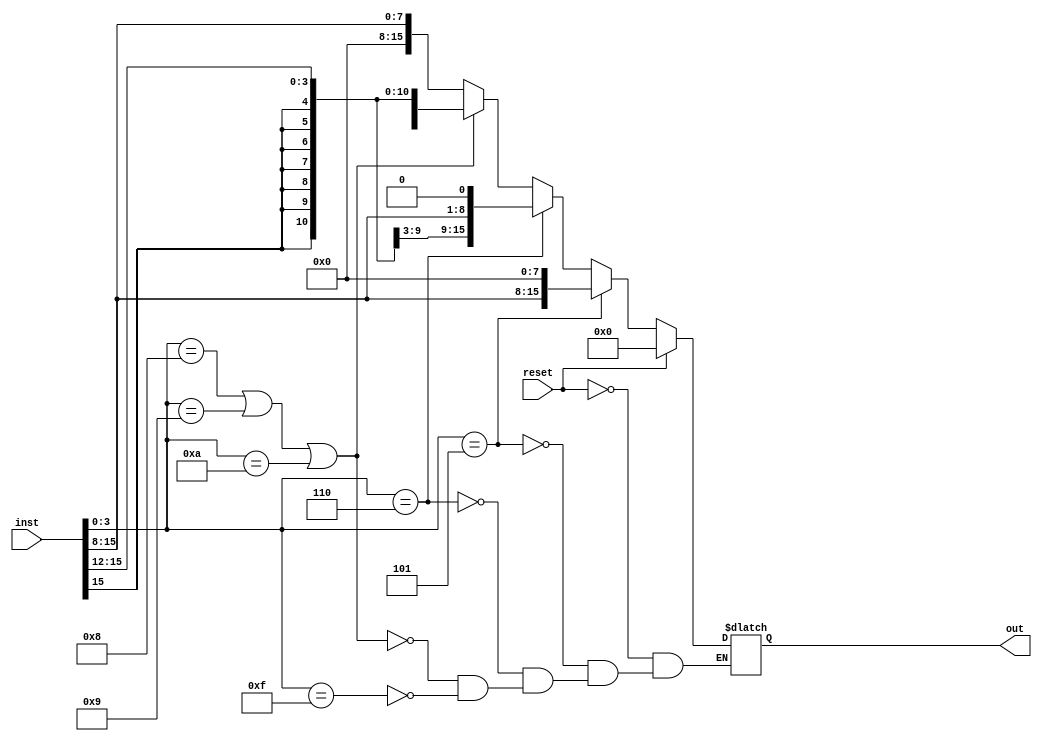
module imm_gen_component(reset, inst, out);

input [15:0] inst;
input reset;
output reg [15:0] out;


always @(inst, reset)
begin
    if (reset) begin
        out = 0;
    end else
    if (inst[3:0] == 4'b0101) begin
        out <= {{8{inst[15]}},inst[15:8]} << 8;
    end else if(inst[3:0] == 4'b0110) begin
        out <= {{8{inst[15]}},inst[15:8]} << 1;
    end else if (inst[3:0] == 4'b1000 ||
        inst[3:0] == 4'b1001 ||
        inst[3:0] == 4'b1010) begin
        out <= {{12{inst[15]}},inst[15:12]};
	end else if (inst[3:0] == 4'b1111) begin
		out <={{8{1'b0}}, inst[15:8]};
    end
end
endmodule